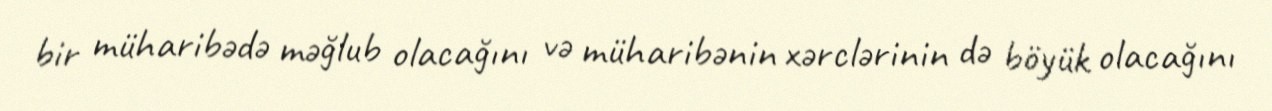
bir müharibədə məğlub olacağını və müharibənin xərclərinin də böyük olacağını